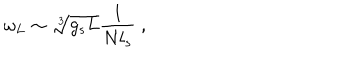
\omega _ { L } \sim \sqrt [ [object Object] ] ] { g _ { s } L } { \frac { 1 } { N l _ { s } } } ~ ,